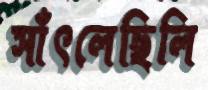
সাঁৎলেছিলি